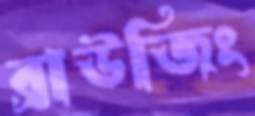
ব্রাউজিং